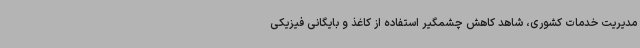
مدیریت خدمات کشوری، شاهد کاهش چشمگیر استفاده از کاغذ و بایگانی فیزیکی